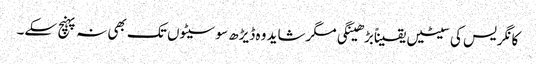
کانگریس کی سیٹیں یقیناًبڑھینگی مگرشاید وہ ڈیڑھ سو سیٹوں تک بھی نہ پہنچ سکے۔